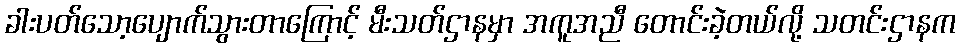
ခါးပတ်သော့ပျောက်သွားတာကြောင့် မီးသတ်ဌာနမှာ အကူအညီ တောင်းခဲ့တယ်လို့ သတင်းဌာနက